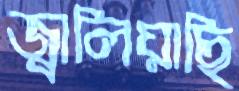
জ্বালিয়াছি